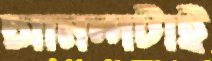
আনন্দটাই